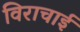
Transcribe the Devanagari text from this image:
विराचाई